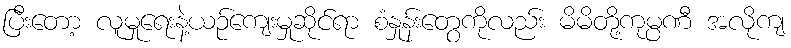
ပြီးတော့ လူမှုရေးနဲ့ယဉ်ကျေးမှုဆိုင်ရာ စံနှုန်းတွေကိုလည်း မိမိတို့ကုမ္ပဏီ အလိုကျ